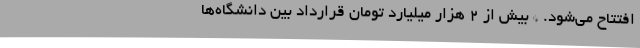
افتتاح می‌شود. * بیش از ۲ هزار میلیارد تومان قرارداد بین دانشگاه‌ها